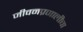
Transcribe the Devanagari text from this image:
जीवनप्रणालीचा